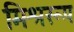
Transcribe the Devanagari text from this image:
मिश्ररूप